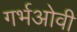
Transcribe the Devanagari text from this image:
गर्भओवी